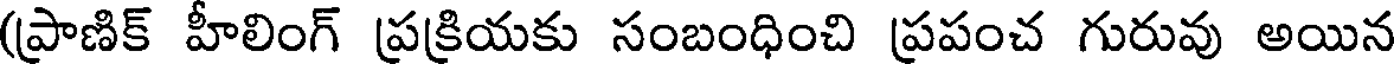
(ప్రాణిక్ హీలింగ్ ప్రక్రియకు సంబంధించి ప్రపంచ గురువు అయిన